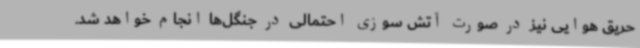
حریق هوایی نیز در صورت آتش سوزی احتمالی در جنگل‌ها انجام خواهد شد.